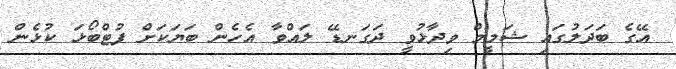
އޭގެ ބަދަލުގައި ޝަމީމް ވިދާޅުވީ ދަގަނޑޭ ލައްވާ އެހެން ބަޔަކަށް ފުޓްބޯޅަ ކުޅެން